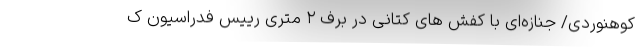
کوهنوردی/ جنازه‌ای با کفش های کتانی در برف ۲ متری رییس فدراسیون ک